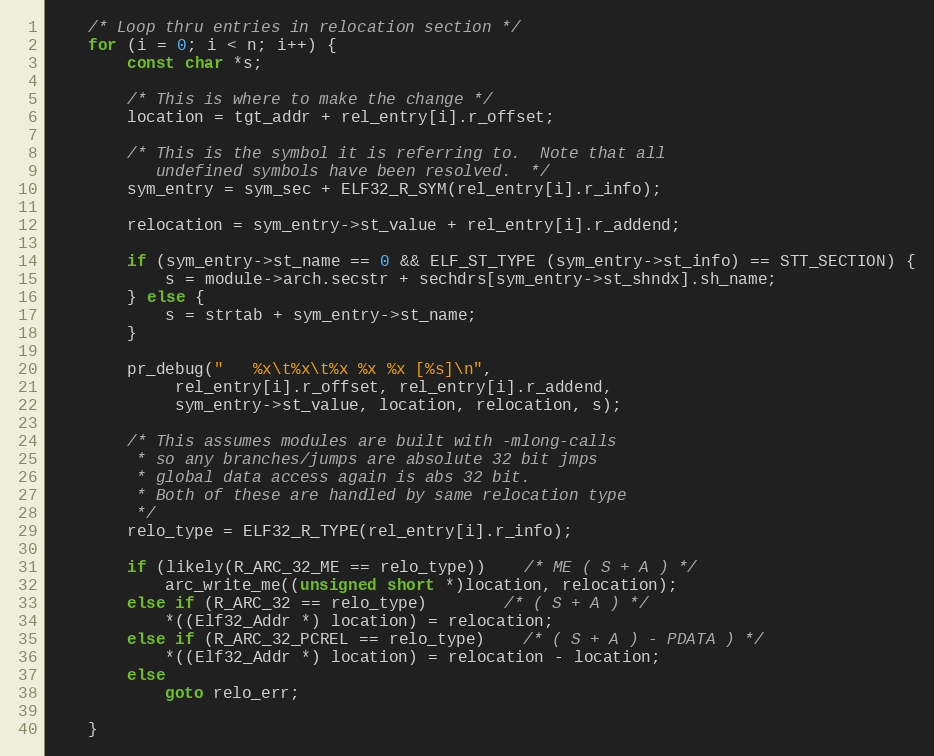
Language: C
	/* Loop thru entries in relocation section */
	for (i = 0; i < n; i++) {
		const char *s;

		/* This is where to make the change */
		location = tgt_addr + rel_entry[i].r_offset;

		/* This is the symbol it is referring to.  Note that all
		   undefined symbols have been resolved.  */
		sym_entry = sym_sec + ELF32_R_SYM(rel_entry[i].r_info);

		relocation = sym_entry->st_value + rel_entry[i].r_addend;

		if (sym_entry->st_name == 0 && ELF_ST_TYPE (sym_entry->st_info) == STT_SECTION) {
			s = module->arch.secstr + sechdrs[sym_entry->st_shndx].sh_name;
		} else {
			s = strtab + sym_entry->st_name;
		}

		pr_debug("   %x\t%x\t%x %x %x [%s]\n",
			 rel_entry[i].r_offset, rel_entry[i].r_addend,
			 sym_entry->st_value, location, relocation, s);

		/* This assumes modules are built with -mlong-calls
		 * so any branches/jumps are absolute 32 bit jmps
		 * global data access again is abs 32 bit.
		 * Both of these are handled by same relocation type
		 */
		relo_type = ELF32_R_TYPE(rel_entry[i].r_info);

		if (likely(R_ARC_32_ME == relo_type))	/* ME ( S + A ) */
			arc_write_me((unsigned short *)location, relocation);
		else if (R_ARC_32 == relo_type)		/* ( S + A ) */
			*((Elf32_Addr *) location) = relocation;
		else if (R_ARC_32_PCREL == relo_type)	/* ( S + A ) - PDATA ) */
			*((Elf32_Addr *) location) = relocation - location;
		else
			goto relo_err;

	}